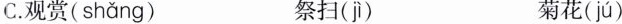
C. 观赏( shǎng ) 祭扫( jì ) 菊花( jú )